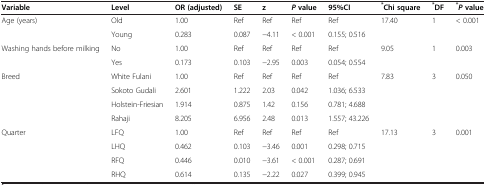
<table><thead><tr><td><b>Variable</b></td><td><b>Level</b></td><td><b>OR (adjusted)</b></td><td><b>SE</b></td><td><b>z</b></td><td><b><i>P</i>value</b></td><td><b>95%CI</b></td><td><b><sup>*</sup>Chi square</b></td><td><b><sup>*</sup>DF</b></td><td><b><sup>*</sup><i>P</i>value</b></td></tr></thead><tbody><tr><td>Age (years)</td><td>Old</td><td>1.00</td><td>Ref</td><td>Ref</td><td>Ref</td><td>Ref</td><td>17.40</td><td>1</td><td>&lt; 0.001</td></tr><tr><td> </td><td>Young</td><td>0.283</td><td>0.087</td><td>−4.11</td><td>&lt; 0.001</td><td>0.155; 0.516</td><td> </td><td> </td><td> </td></tr><tr><td>Washing hands before milking</td><td>No</td><td>1.00</td><td>Ref</td><td>Ref</td><td>Ref</td><td>Ref</td><td>9.05</td><td>1</td><td>0.003</td></tr><tr><td> </td><td>Yes</td><td>0.173</td><td>0.103</td><td>−2.95</td><td>0.003</td><td>0.054; 0.554</td><td> </td><td> </td><td> </td></tr><tr><td>Breed</td><td>White Fulani</td><td>1.00</td><td>Ref</td><td>Ref</td><td>Ref</td><td>Ref</td><td>7.83</td><td>3</td><td>0.050</td></tr><tr><td> </td><td>Sokoto Gudali</td><td>2.601</td><td>1.222</td><td>2.03</td><td>0.042</td><td>1.036; 6.533</td><td> </td><td> </td><td> </td></tr><tr><td> </td><td>Holstein-Friesian</td><td>1.914</td><td>0.875</td><td>1.42</td><td>0.156</td><td>0.781; 4.688</td><td> </td><td> </td><td> </td></tr><tr><td> </td><td>Rahaji</td><td>8.205</td><td>6.956</td><td>2.48</td><td>0.013</td><td>1.557; 43.226</td><td> </td><td> </td><td> </td></tr><tr><td>Quarter</td><td>LFQ</td><td>1.00</td><td>Ref</td><td>Ref</td><td>Ref</td><td>Ref</td><td>17.13</td><td>3</td><td>0.001</td></tr><tr><td> </td><td>LHQ</td><td>0.462</td><td>0.103</td><td>−3.46</td><td>0.001</td><td>0.298; 0.715</td><td> </td><td> </td><td> </td></tr><tr><td> </td><td>RFQ</td><td>0.446</td><td>0.010</td><td>−3.61</td><td>&lt; 0.001</td><td>0.287; 0.691</td><td> </td><td> </td><td> </td></tr><tr><td> </td><td>RHQ</td><td>0.614</td><td>0.135</td><td>−2.22</td><td>0.027</td><td>0.399; 0.945</td><td> </td><td> </td><td> </td></tr></tbody></table>